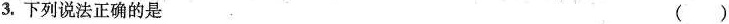
3.下列说法正确的是 ()